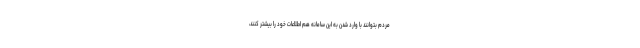
مردم بتوانند با وارد شدن به این سامانه هم اطلاعات خود را بیشتر کنند،